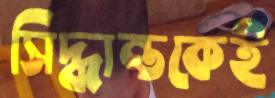
সিদ্ধান্তকেই